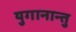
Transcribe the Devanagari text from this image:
युगानान्तु